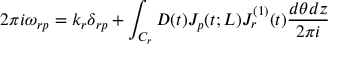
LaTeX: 2 \pi i \omega _ { r p } = k _ { r } \delta _ { r p } + \int _ { C _ { r } } D ( t ) J _ { p } ( t ; L ) J _ { r } ^ { ( 1 ) } ( t ) \frac { d \theta d z } { 2 \pi i }